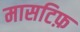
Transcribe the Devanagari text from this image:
मासटिफ़